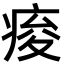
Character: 痠